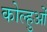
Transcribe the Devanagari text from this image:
कोल्हुओं